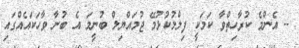
-- އެންމެ ކުރާހިތްވާ ކަމަކީ ފިލްމުކުޅުމޭ ޖުމައްޔިލް ބުނީމަ އެ ބުނާ ވާހަކައެއްގައި